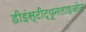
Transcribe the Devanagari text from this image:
डीइंस्टीट्यूनलाइजोन